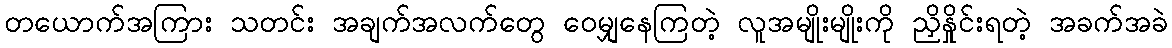
တယောက်အကြား သတင်း အချက်အလက်တွေ ဝေမျှနေကြတဲ့ လူအမျိုးမျိုးကို ညှိနှိုင်းရတဲ့ အခက်အခဲ